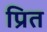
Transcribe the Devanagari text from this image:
प्रित